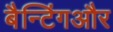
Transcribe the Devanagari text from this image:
बैन्टिंगऔर